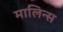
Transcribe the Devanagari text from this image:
मालिन्स